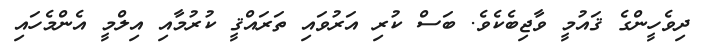
ދިވެހީންގެ ޤައުމީ ވާޖިބެކެވެ. ބަސް ކުރި އަރުވައި ތަރައްޤީ ކުރުމާއި އިލްމީ އެންމެހައި